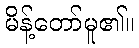
မိန့်တော်မူ၏။